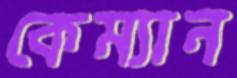
কেম্যান